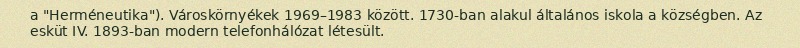
a "Herméneutika"). Városkörnyékek 1969–1983 között. 1730-ban alakul általános iskola a községben. Az esküt IV. 1893-ban modern telefonhálózat létesült.